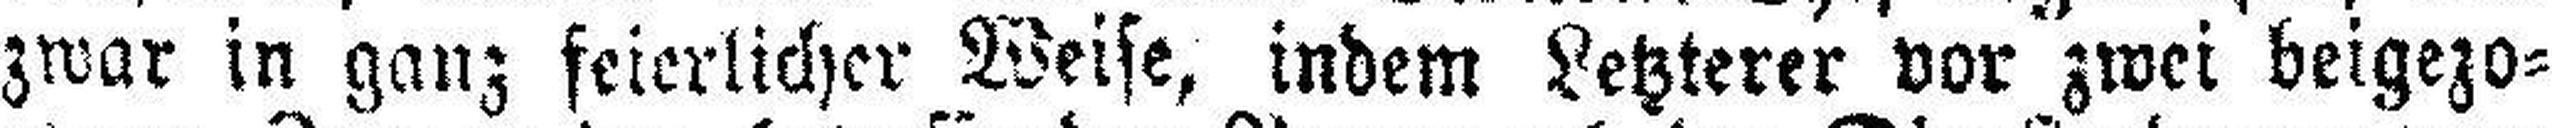
zwar in ganz feierlicher Weise, indem Letzterer vor zwei beigezo¬